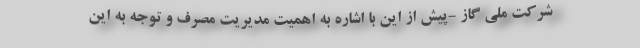
شرکت ملی گاز -پیش از این با اشاره به اهمیت مدیریت مصرف و توجه به این